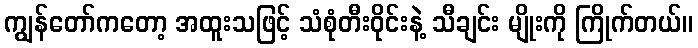
ကျွန်တော်ကတော့ အထူးသဖြင့် သံစုံတီးဝိုင်းနဲ့ သီချင်း မျိုးကို ကြိုက်တယ်။